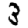
Digit: 3